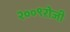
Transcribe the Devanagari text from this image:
२००९रोजी